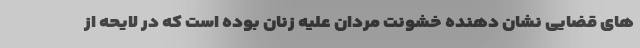
های قضایی نشان دهنده خشونت مردان علیه زنان بوده است که در لایحه از